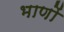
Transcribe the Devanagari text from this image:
भाणों